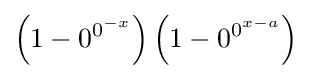
\left(1-0^{0^{-x}}\right)\left(1-0^{0^{x-a}}\right)